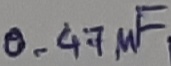
Text: 0.47µF